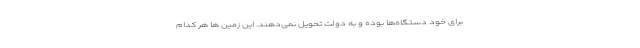
برای خود دستگاه‌ها بوده و به دولت تحویل نمی‌دهند. این زمین ها هر کدام